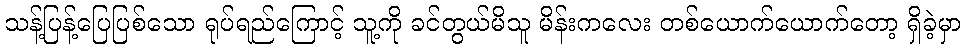
သန့်ပြန့်ပြေပြစ်သော ရုပ်ရည်ကြောင့် သူ့ကို ခင်တွယ်မိသူ မိန်းကလေး တစ်ယောက်ယောက်တော့ ရှိခဲ့မှာ